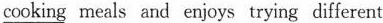
cooking meals and enjoys trying different